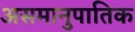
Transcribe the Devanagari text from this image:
असमानुपातिक